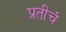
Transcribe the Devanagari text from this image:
प्रतीचं